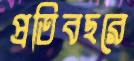
প্রতিবছরে